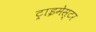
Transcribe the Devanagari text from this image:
ट्राइमेस्टर